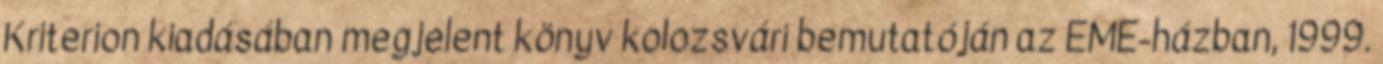
Kriterion kiadásában megjelent könyv kolozsvári bemutatóján az EME-házban, 1999.